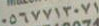
٠٥٦٧٧١٣٠٧١